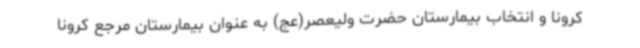
کرونا و انتخاب بیمارستان حضرت ولیعصر(عج) به عنوان بیمارستان مرجع کرونا